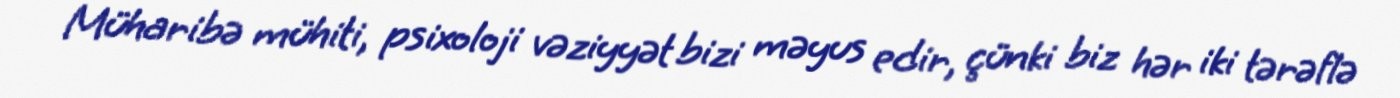
Müharibə mühiti, psixoloji vəziyyət bizi məyus edir, çünki biz hər iki tərəflə